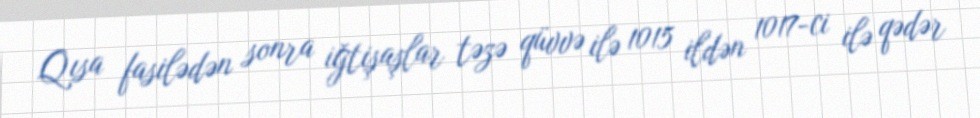
Qısa fasilədən sonra iğtişaşlar təzə qüvvə ilə 1015 ildən 1017-ci ilə qədər